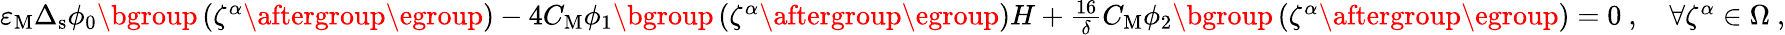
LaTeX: \begin{array}{r}{\varepsilon_{\mathrm{M}}\Delta_{\mathrm{s}}\phi_{0}\mathopen{}\mathclose\bgroup\left(\zeta^{\alpha}\aftergroup\egroup\right)-4C_{\mathrm{M}}\phi_{1}\mathopen{}\mathclose\bgroup\left(\zeta^{\alpha}\aftergroup\egroup\right)H+\frac{16}{\delta}C_{\mathrm{M}}\phi_{2}\mathopen{}\mathclose\bgroup\left(\zeta^{\alpha}\aftergroup\egroup\right)=0~,\quad\forall\zeta^{\alpha}\in\Omega~,}\end{array}